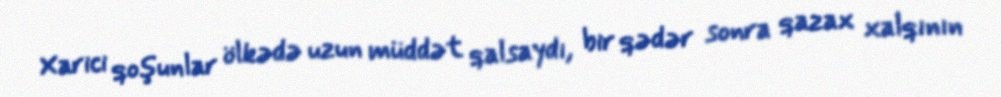
Xarici qoşunlar ölkədə uzun müddət qalsaydı, bir qədər sonra qazax xalqının